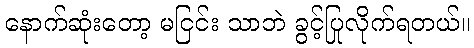
နောက်ဆုံးတော့ မငြင်း သာဘဲ ခွင့်ပြုလိုက်ရတယ်။